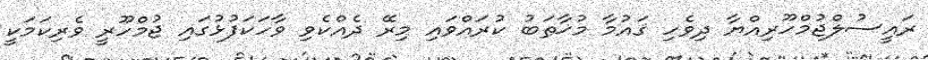
ރައީސުލްޖުމްހޫރިއްޔާ ދިވެހި ޤައުމާ މުޚާޠަބު ކުރައްވައި މިރޭ ދެއްކެވި ވާހަކަފުޅުގައި ޖުމްހޫރީ ވެރިކަމަކީ